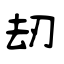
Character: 刼